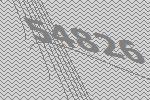
54826